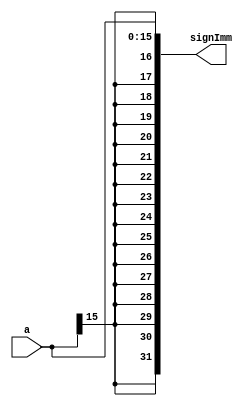
`timescale 1ns / 1ps
//////////////////////////////////////////////////////////////////////////////////
// Company: 
// Engineer: 
// 
// Design Name: 
// Module Name:    SignExtend 
// Project Name: 
// Target Devices: 
// Tool versions: 
// Description: 
//
// Dependencies: 
//
// Revision: 
// Revision 0.01 - File Created
// Additional Comments: 
//
//////////////////////////////////////////////////////////////////////////////////
module SignExtend( input [15:0] a, 
						 output [31:0] signImm );
						
	assign signImm = { {16{a[15]}}, a };


endmodule